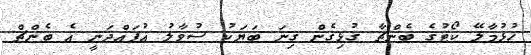
ހުޅުމާލޭ ކޯޓުގެ ބެންޗާ ގުޅިގެން ގިނަ ބަޔަކު ސުވާލު އުފައްދަނީ އެ ބެންޗް